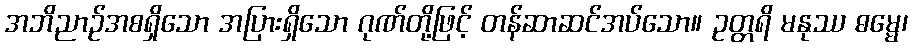
အဘိညာဉ်အစရှိသော အပြားရှိသော ဂုဏ်တို့ဖြင့် တန်ဆာဆင်အပ်သော။ ဥတ္တရိ မနုဿ ဓမ္မေ၊